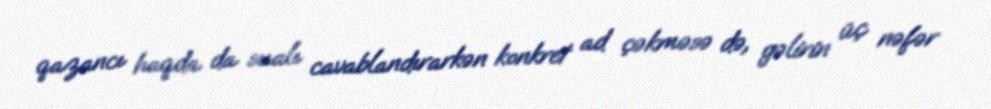
qazancı haqda da sualı cavablandırarkən konkret ad çəkməsə də, gəlirin üç nəfər